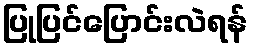
ပြုပြင်ပြောင်းလဲရန်